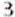
3